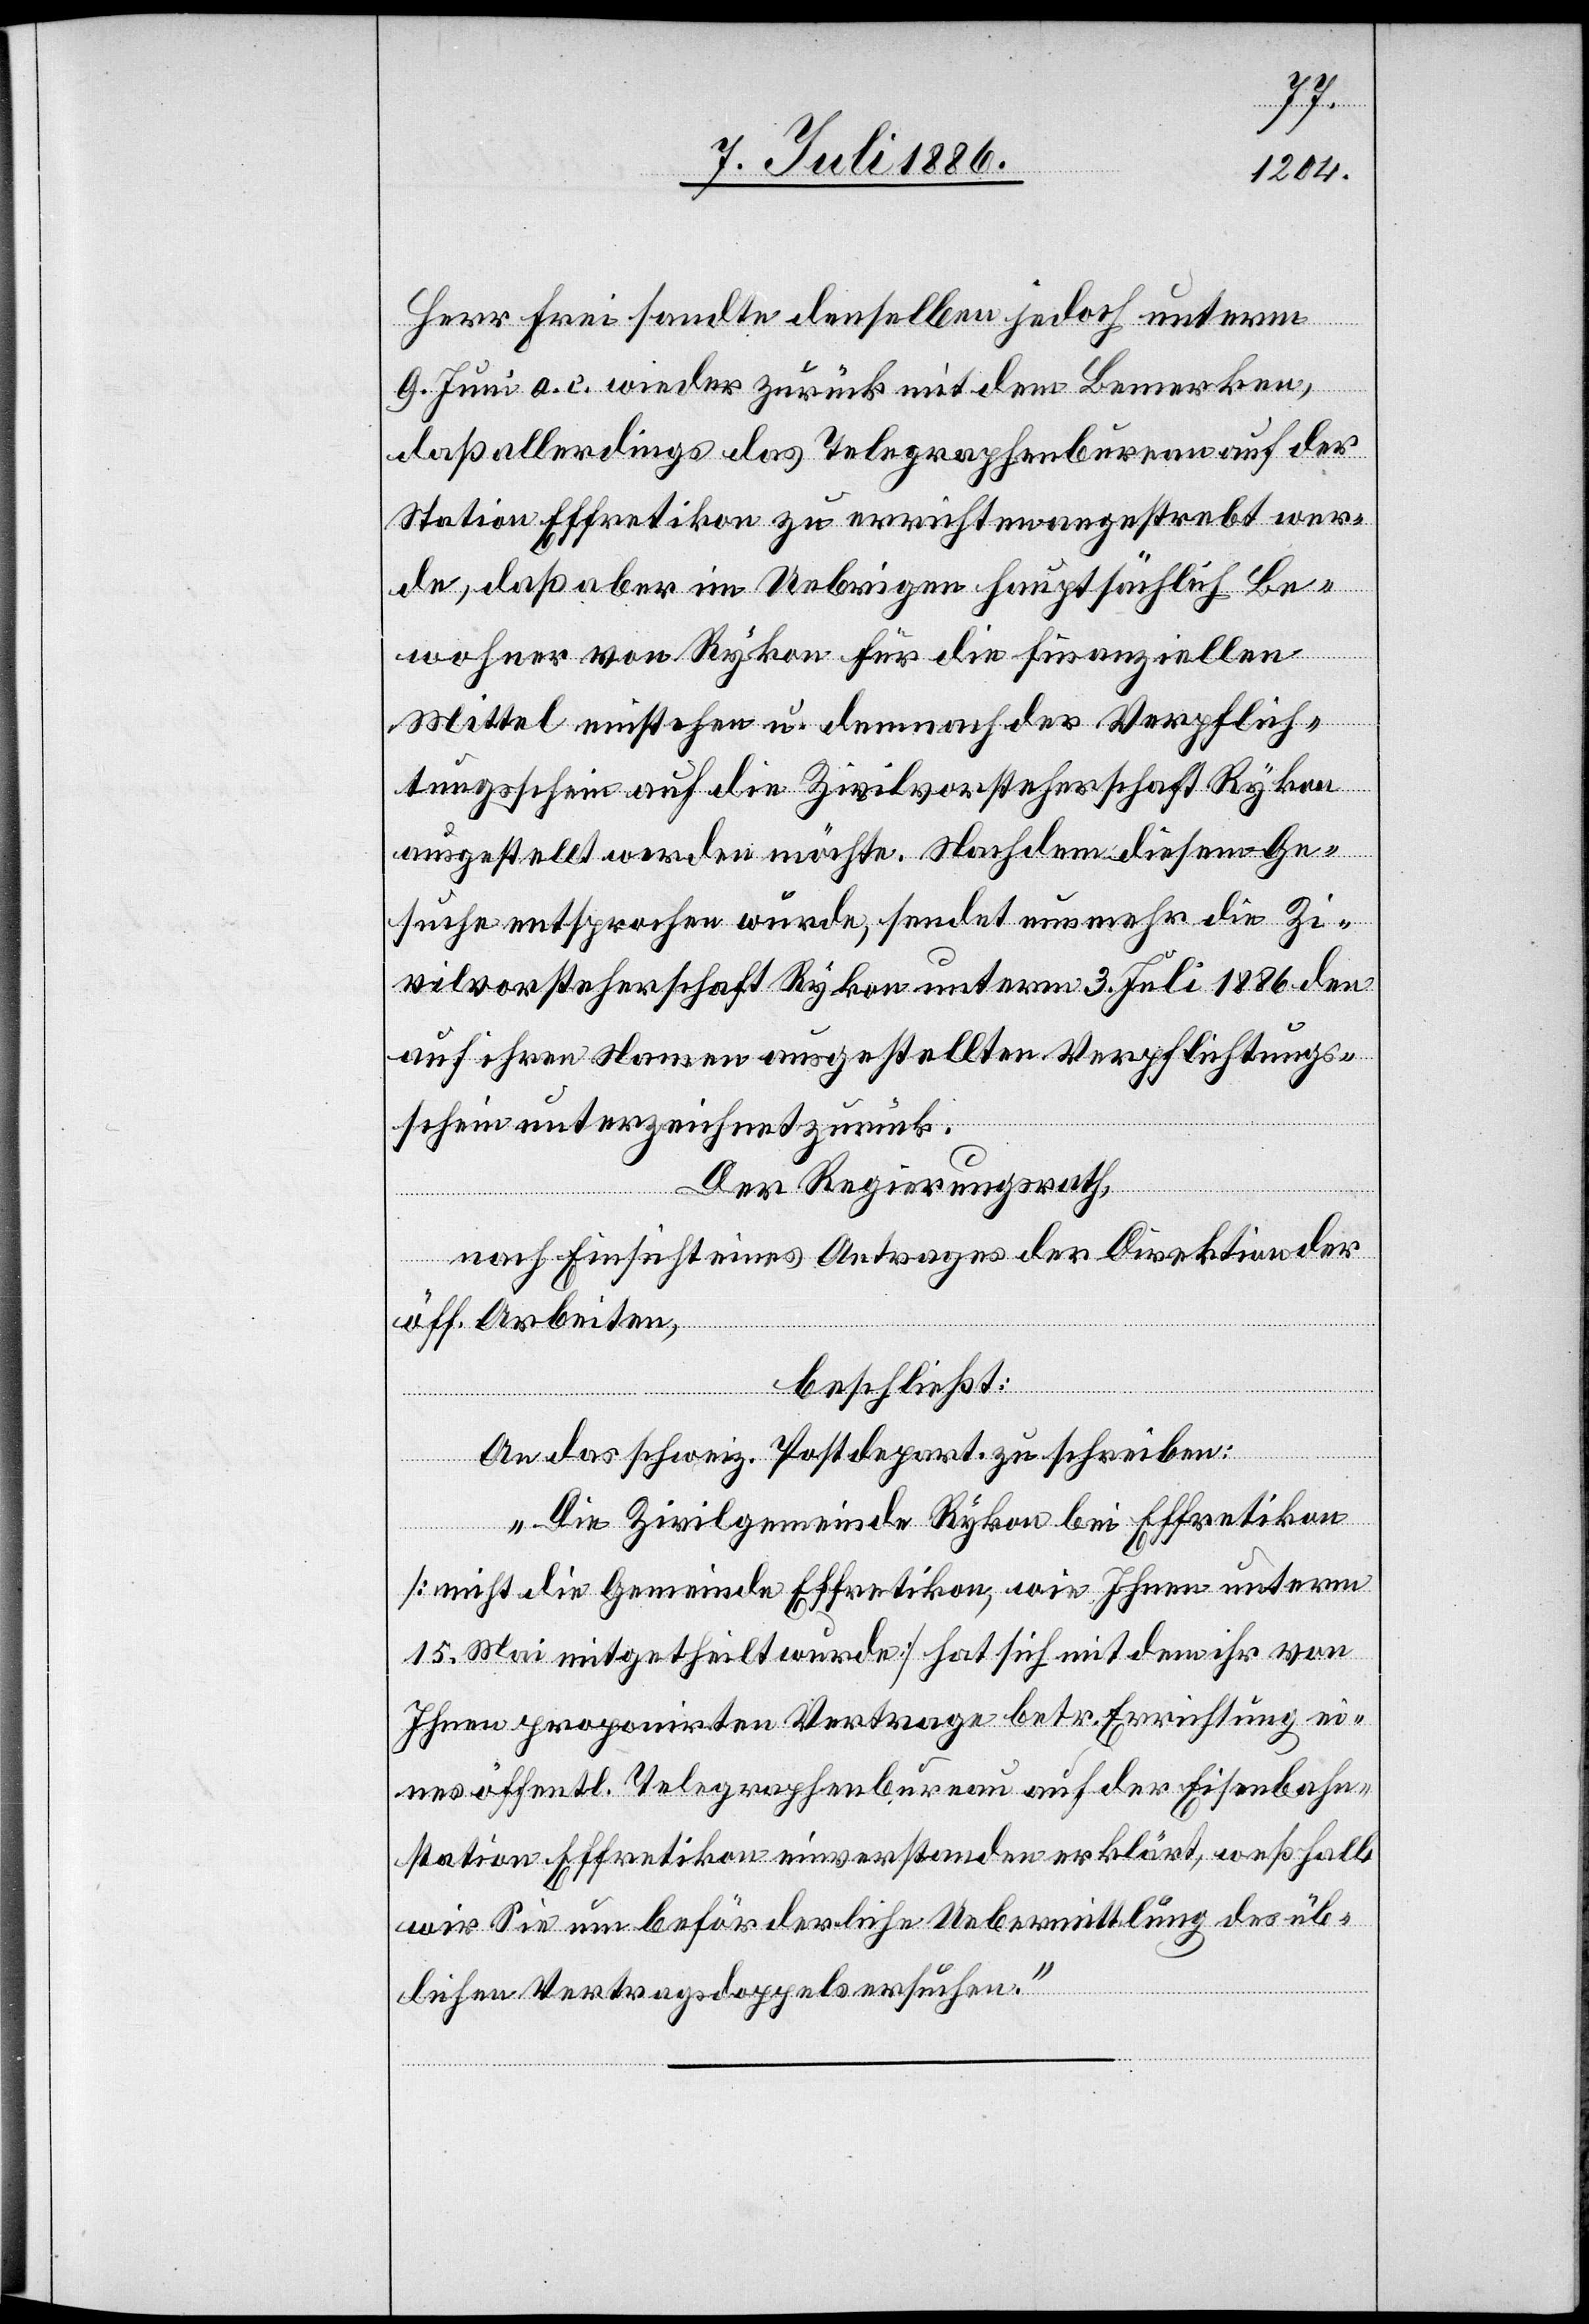
Herr Frei sandte denselben jedoch unterm
9. Juni a. c. wieder zurück mit dem Bemerken,
daß allerdings das Telegraphenbureau auf der
Station Effretikon zu errichten angestrebt wer¬
de, daß aber im Uebrigen hauptsächlich Be¬
wohner von Rykon für die finanziellen
Mittel einstehen u. demnach der Verpflich¬
tungsschein auf die Zivilvorsteherschaft Rykon
ausgestellt werden möchte. Nachdem diesem Ge¬
suche entsprochen wurde, sendet nunmehr die Zi¬
vilvorsteherschaft Rykon unterm 3. Juli 1886 den
auf ihren Namen ausgestellten Verpflichtungs¬
schein unterzeichnet zurück.
Der Regierungsrath,
nach Einsicht eines Antrages der Direktion der
öff. Arbeiten,
beschließt:
An das schweiz. Postdepart. zu schreiben:
„Die Zivilgemeinde Rykon bei Effretikon
[nicht die Gemeinde Effretikon, wie Ihnen unterm
15. Mai mitgetheilt wurde] hat sich mit dem ihr von
Ihnen proponirten Vertrage betr. Errichtung ei¬
nes öffentl. Telegraphenbureau auf der Eisenbahn¬
station Effretikon einverstanden erklärt, weßhalb
wir Sie um beförderliche Uebermittlung des üb¬
lichen Vertragsdoppels ersuchen.“